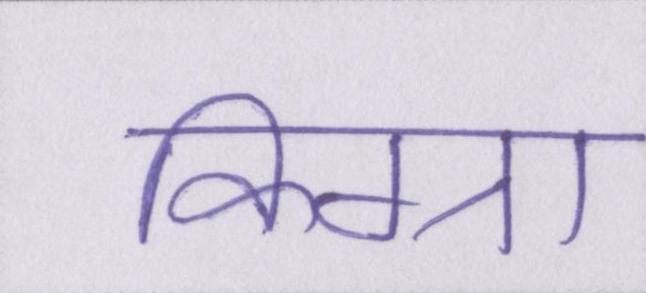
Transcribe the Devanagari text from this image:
किग्रा